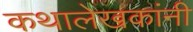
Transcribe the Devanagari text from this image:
कथालेखकांनी